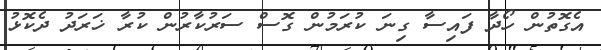
އެގޮތުން ހޯދާ ފައިސާ ގިނަ ކުރަމުން ގޮސް ސަރުކާރުން ކުރާ ޚަރަދު ދެކޮޅު